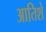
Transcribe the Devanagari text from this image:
आतिशे